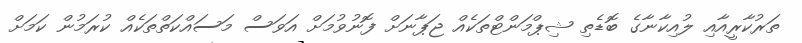
ތަރުކާރީއާއި ލުއިކާނާގެ ބޮޑެތި ޝިޕްމަންޓްތަކެއް ޖަޕާނަށް ފޮނުވުމަށް އަވަސް މަސައްކަތްތަކެއް ކުރަމުން ކަމަށް